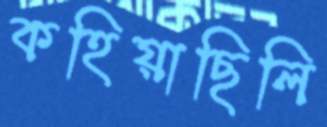
কহিয়াছিলি